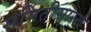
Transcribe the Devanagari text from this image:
समितीसारखे